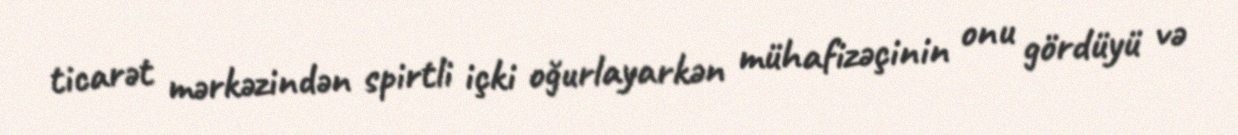
ticarət mərkəzindən spirtli içki oğurlayarkən mühafizəçinin onu gördüyü və